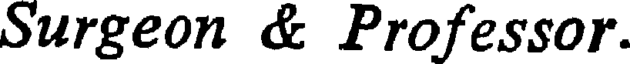
Surgeon & Professor.